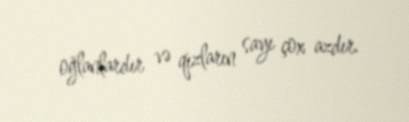
oğlanlardır və qızların sayı çox azdır.